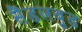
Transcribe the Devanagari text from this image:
सैंडलवुड